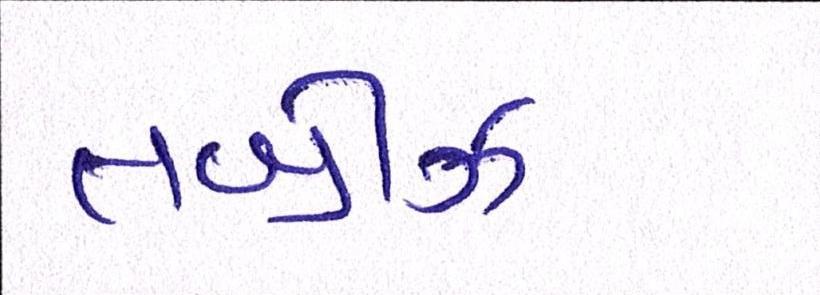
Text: તબ્રીઝ